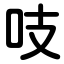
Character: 吱